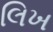
લિખ